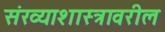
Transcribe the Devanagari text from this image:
संख्याशास्त्रावरील